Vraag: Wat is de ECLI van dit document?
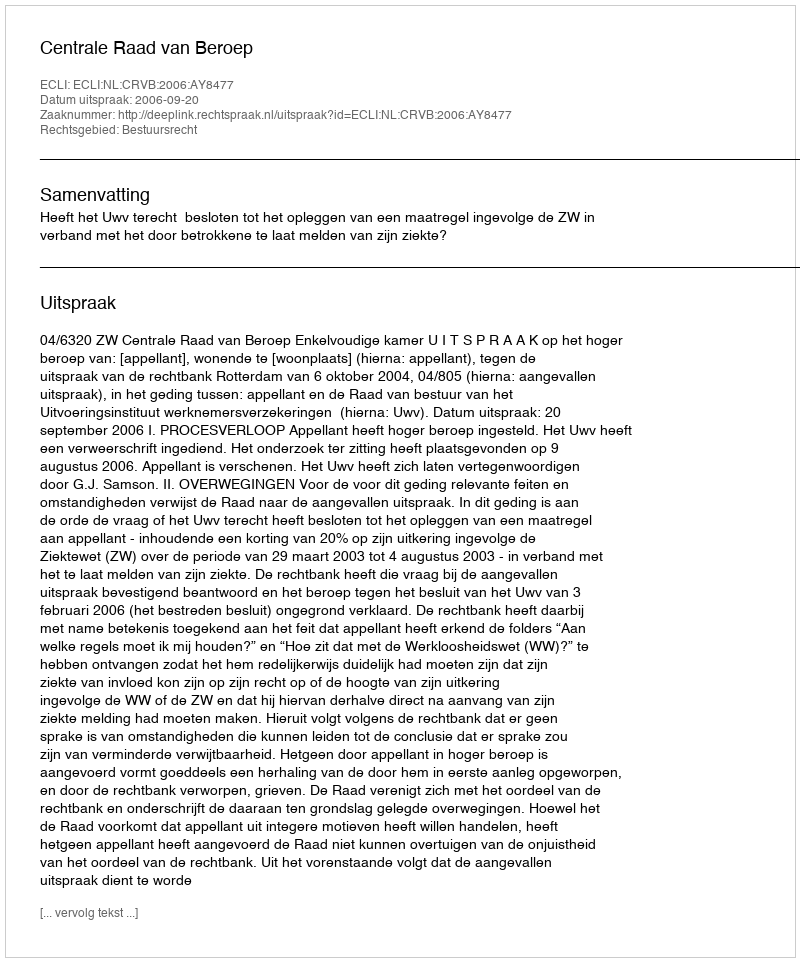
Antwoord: ECLI:NL:CRVB:2006:AY8477